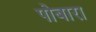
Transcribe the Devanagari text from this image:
पोबारा